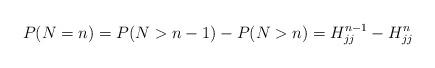
LaTeX: \begin{align*} P(N=n) = P(N>n-1) - P(N>n) = H_{jj}^{n-1} - H_{jj}^{n} \end{align*}